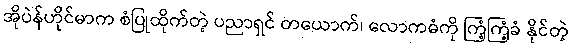
အိုပဲန်ဟိုင်မာက စံပြုထိုက်တဲ့ ပညာရှင် တယောက်၊ လောကဓံကို ကြံ့ကြံ့ခံ နိုင်တဲ့